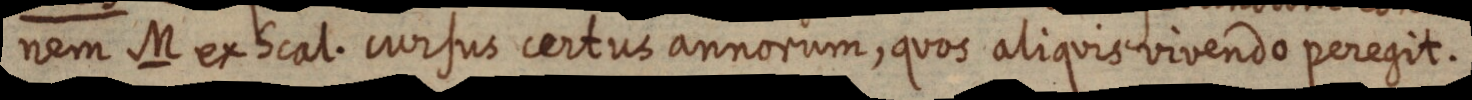
nem M ex Scal. cursus certus annorum, quos aliquis vivendo peregit.